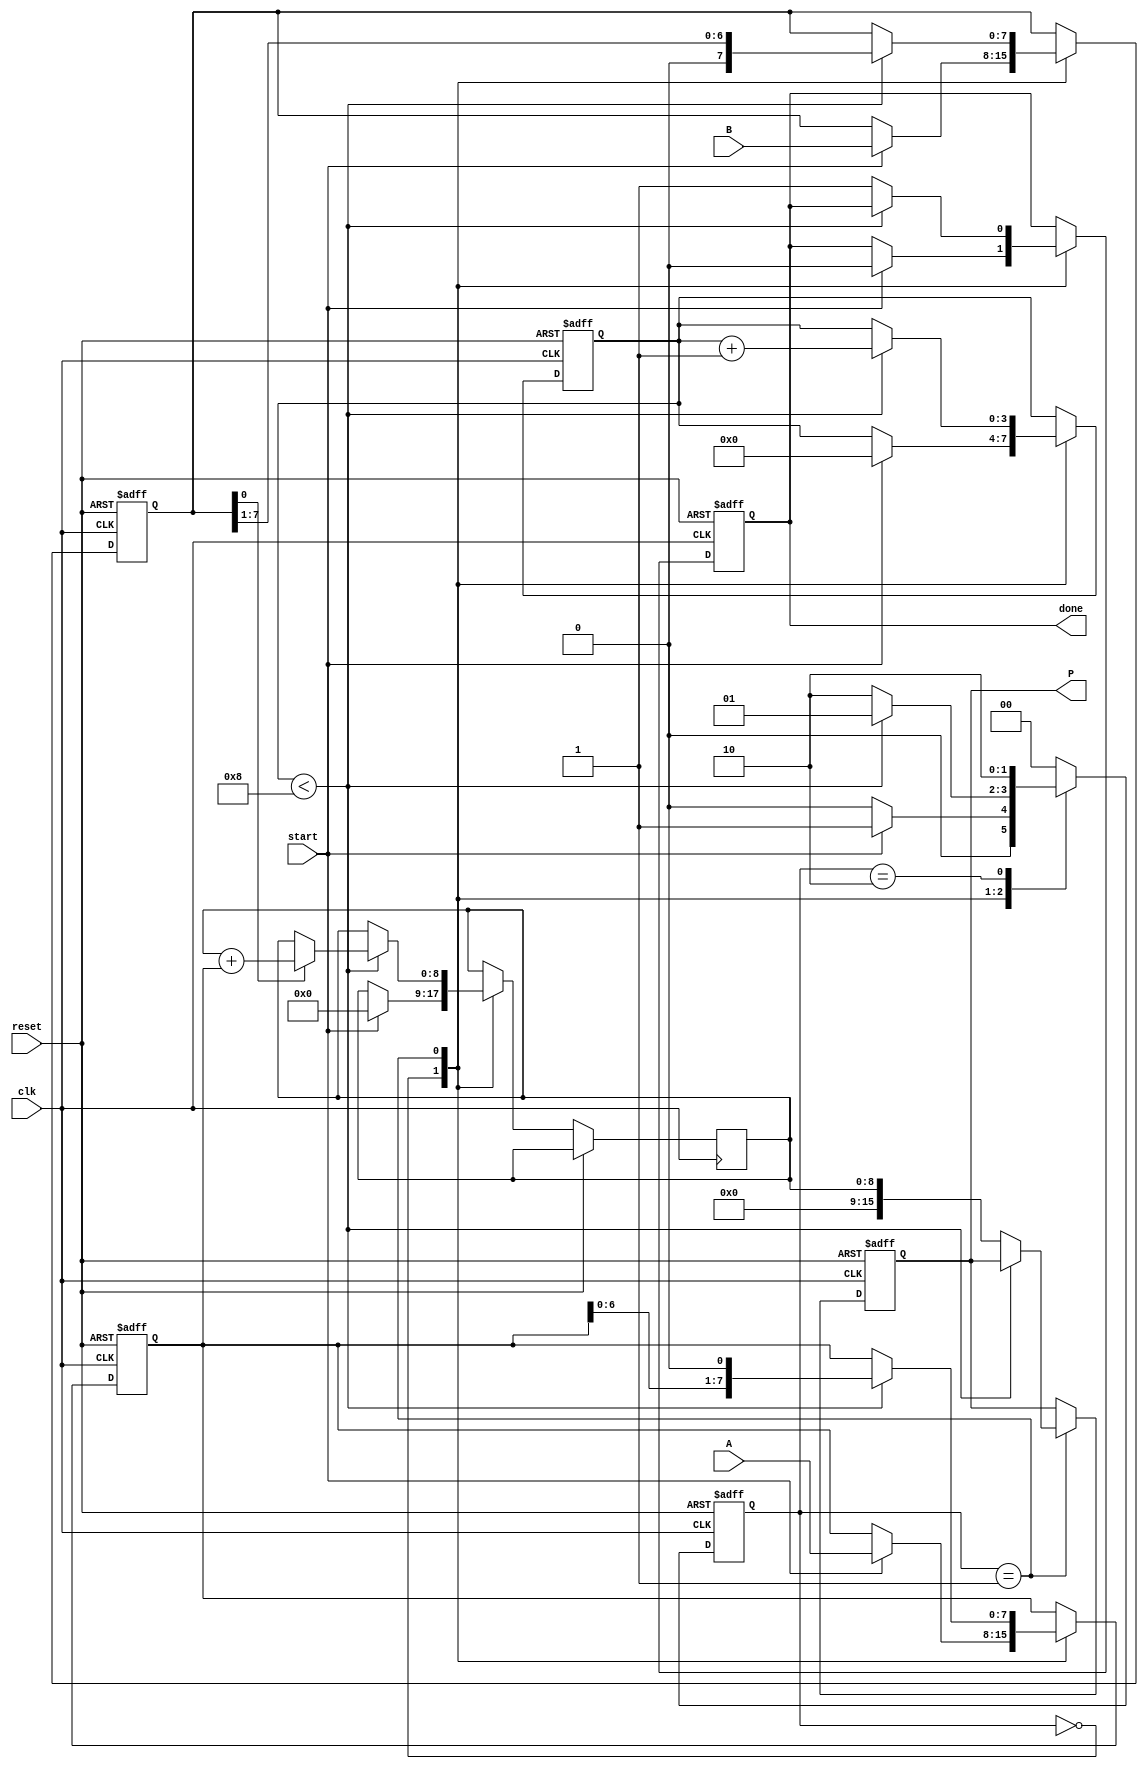
module radix2_multiplier #(parameter n = 8) (
    input wire [n-1:0] A,         // Multiplicand
    input wire [n-1:0] B,         // Multiplier
    input wire start,             // Control signal to start multiplication
    input wire clk,               // Clock signal
    input wire reset,             // Asynchronous reset
    output reg [2*n-1:0] P,       // Product output
    output reg done               // Done signal
);
    
    reg [n-1:0] A_shift;          // Shifted version of A
    reg [n-1:0] B_reg;            // Register to hold B
    reg [n:0] partial_sum;        // Accumulator for partial sums
    reg [3:0] count;              // Bit counter for B

    // State control
    localparam IDLE    = 2'b00,
               CALC    = 2'b01,
               DONE     = 2'b10;
    reg [1:0] state, next_state;

    // Sequential logic for state transition and multiplication process
    always @(posedge clk or posedge reset) begin
        if (reset) begin
            state <= IDLE;
            P <= 0;
            B_reg <= 0;
            A_shift <= 0;
            count <= 0;
            done <= 0;
        end else begin
            state <= next_state;

            case (state)
                IDLE: begin
                    if (start) begin
                        B_reg <= B;
                        A_shift <= A;
                        partial_sum <= 0;
                        count <= 0;
                        done <= 0;
                    end
                end
                
                CALC: begin
                    if (count < n) begin
                        if (B_reg[0]) 
                            partial_sum <= partial_sum + {1'b0, A_shift}; // Add shifted A if LSB of B is 1

                        // Shift the multiplicand A and the multiplier B
                        A_shift <= A_shift << 1;
                        B_reg <= B_reg >> 1;
                        count <= count + 1;
                    end else begin
                        P <= partial_sum;  // Final product
                        done <= 1;         // Indicate multiplication is done
                    end
                end
                
                DONE: begin
                    // Final state, do nothing or reset as necessary
                end
            endcase
        end
    end
    
    // Combinational logic for determining the next state
    always @(*) begin
        case (state)
            IDLE: 
                next_state = start ? CALC : IDLE;
            CALC: 
                next_state = (count < n) ? CALC : DONE;
            DONE: 
                next_state = DONE; // Remain in DONE until reset
            default: 
                next_state = IDLE; // Default to IDLE
        endcase
    end
endmodule